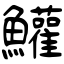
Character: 鱹